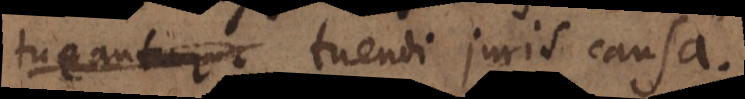
tur, tuendi juris causa.